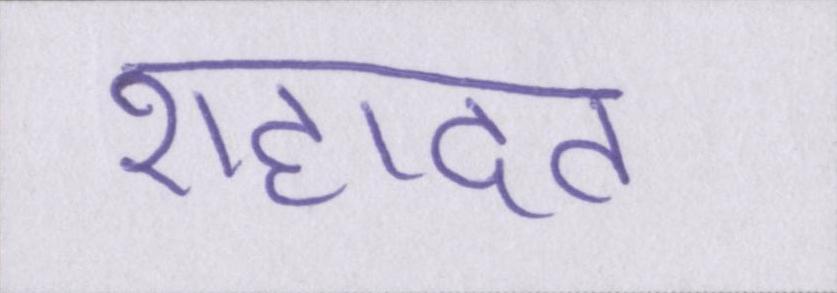
शहादत